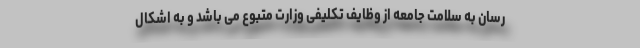
رسان به سلامت جامعه از وظایف تکلیفی وزارت متبوع می باشد و به اشکال